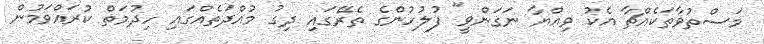
މަސްތުވާތަކެއްޗާ އެކު ވިއްޔާ ނަގަންވީ" ފުލުހުންގެ ތެރޭގައި ދިގު މުއްދަތެއްގައި ހިދުމަތް ކުރައްވަމުން